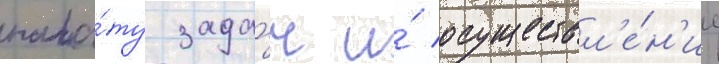
пала́ту зада́ч и́ осуществл'е́н'ие